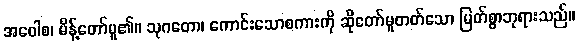
အဝေါစ၊ မိန့်တော်မူ၏။ သုဂတော၊ ကောင်းသောစကားကို ဆိုတော်မူတတ်သော မြတ်စွာဘုရားသည်။